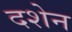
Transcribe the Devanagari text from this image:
दशेन